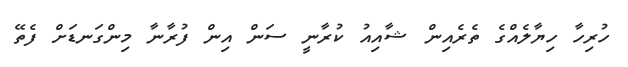
ހުރިހާ ހިޔާލެއްގެ ތެރެއިން ޝާއިއު ކުރާނީ ސަން އިން ފުރާނާ މިންގަނޑަށް ފެތޭ